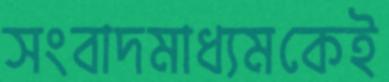
সংবাদমাধ্যমকেই